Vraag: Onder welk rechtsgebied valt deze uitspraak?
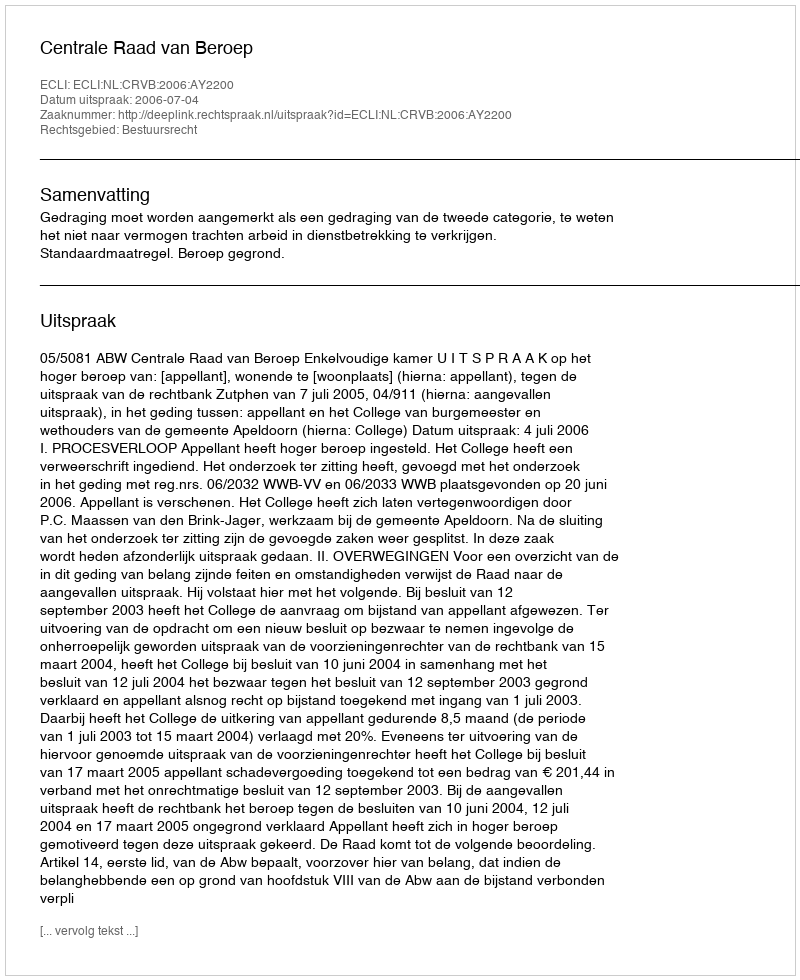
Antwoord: Bestuursrecht